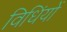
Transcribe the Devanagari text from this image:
विधिंयों